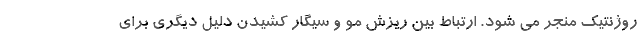
روژنتیک منجر می شود. ارتباط بین ریزش مو و سیگار کشیدن دلیل دیگری برای